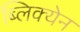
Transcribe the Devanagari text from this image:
ब्लिक्येन